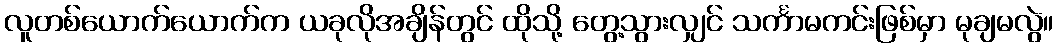
လူတစ်ယောက်ယောက်က ယခုလိုအချိန်တွင် ထိုသို့ တွေ့သွားလျှင် သင်္ကာမကင်းဖြစ်မှာ မုချမလွဲ။